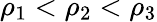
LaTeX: \rho_{1}<\rho_{2}<\rho_{3}